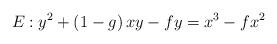
LaTeX: \begin{align*}E_{}:y^{2}+\left( 1-g\right) xy-fy=x^{3}-fx^{2} \end{align*}